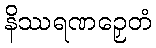
နိဿရဏဉှေတံ